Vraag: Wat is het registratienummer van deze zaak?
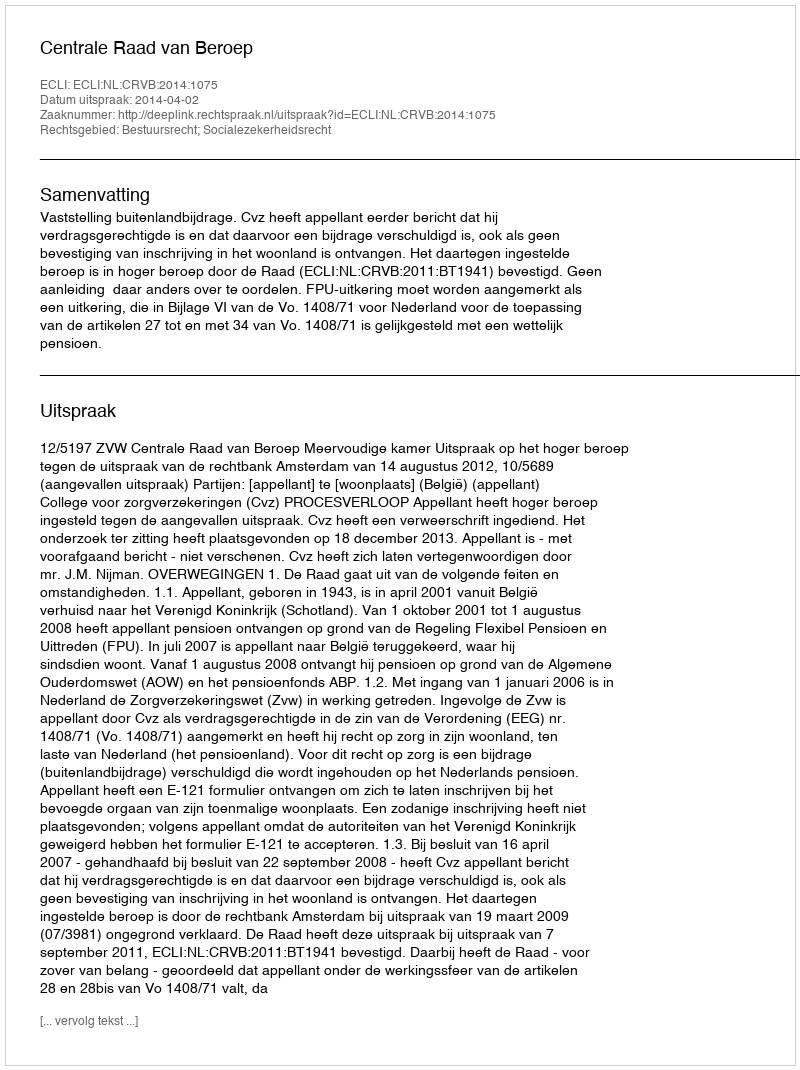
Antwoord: http://deeplink.rechtspraak.nl/uitspraak?id=ECLI:NL:CRVB:2014:1075